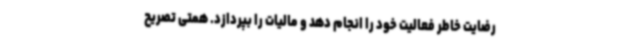
رضایت خاطر فعالیت خود را انجام دهد و مالیات را بپردازد. همتی تصریح